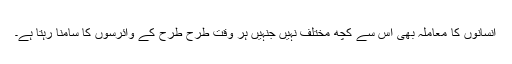
انسانوں کا معاملہ بھی اس سے کچھ مختلف نہیں جنہیں ہر وقت طرح طرح کے وائرسوں کا سامنا رہتا ہے۔